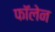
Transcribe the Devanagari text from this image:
फॉलेन